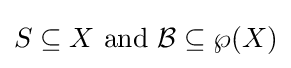
S\subseteq X{\text{ and }}{\mathcal {B}}\subseteq \wp (X)